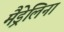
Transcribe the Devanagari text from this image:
मैड्रेलिना